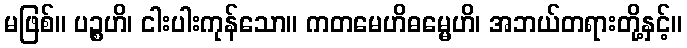
မဖြစ်။ ပဉ္စဟိ၊ ငါးပါးကုန်သော။ ကတမေဟိဓမ္မေဟိ၊ အဘယ်တရားတို့နှင့်။